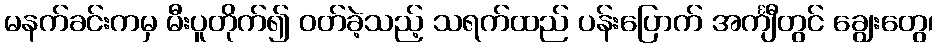
မနက်ခင်းကမှ မီးပူတိုက်၍ ဝတ်ခဲ့သည့် သရက်ထည် ပန်းပြောက် အင်္ကျီတွင် ချွေးတွေ၊